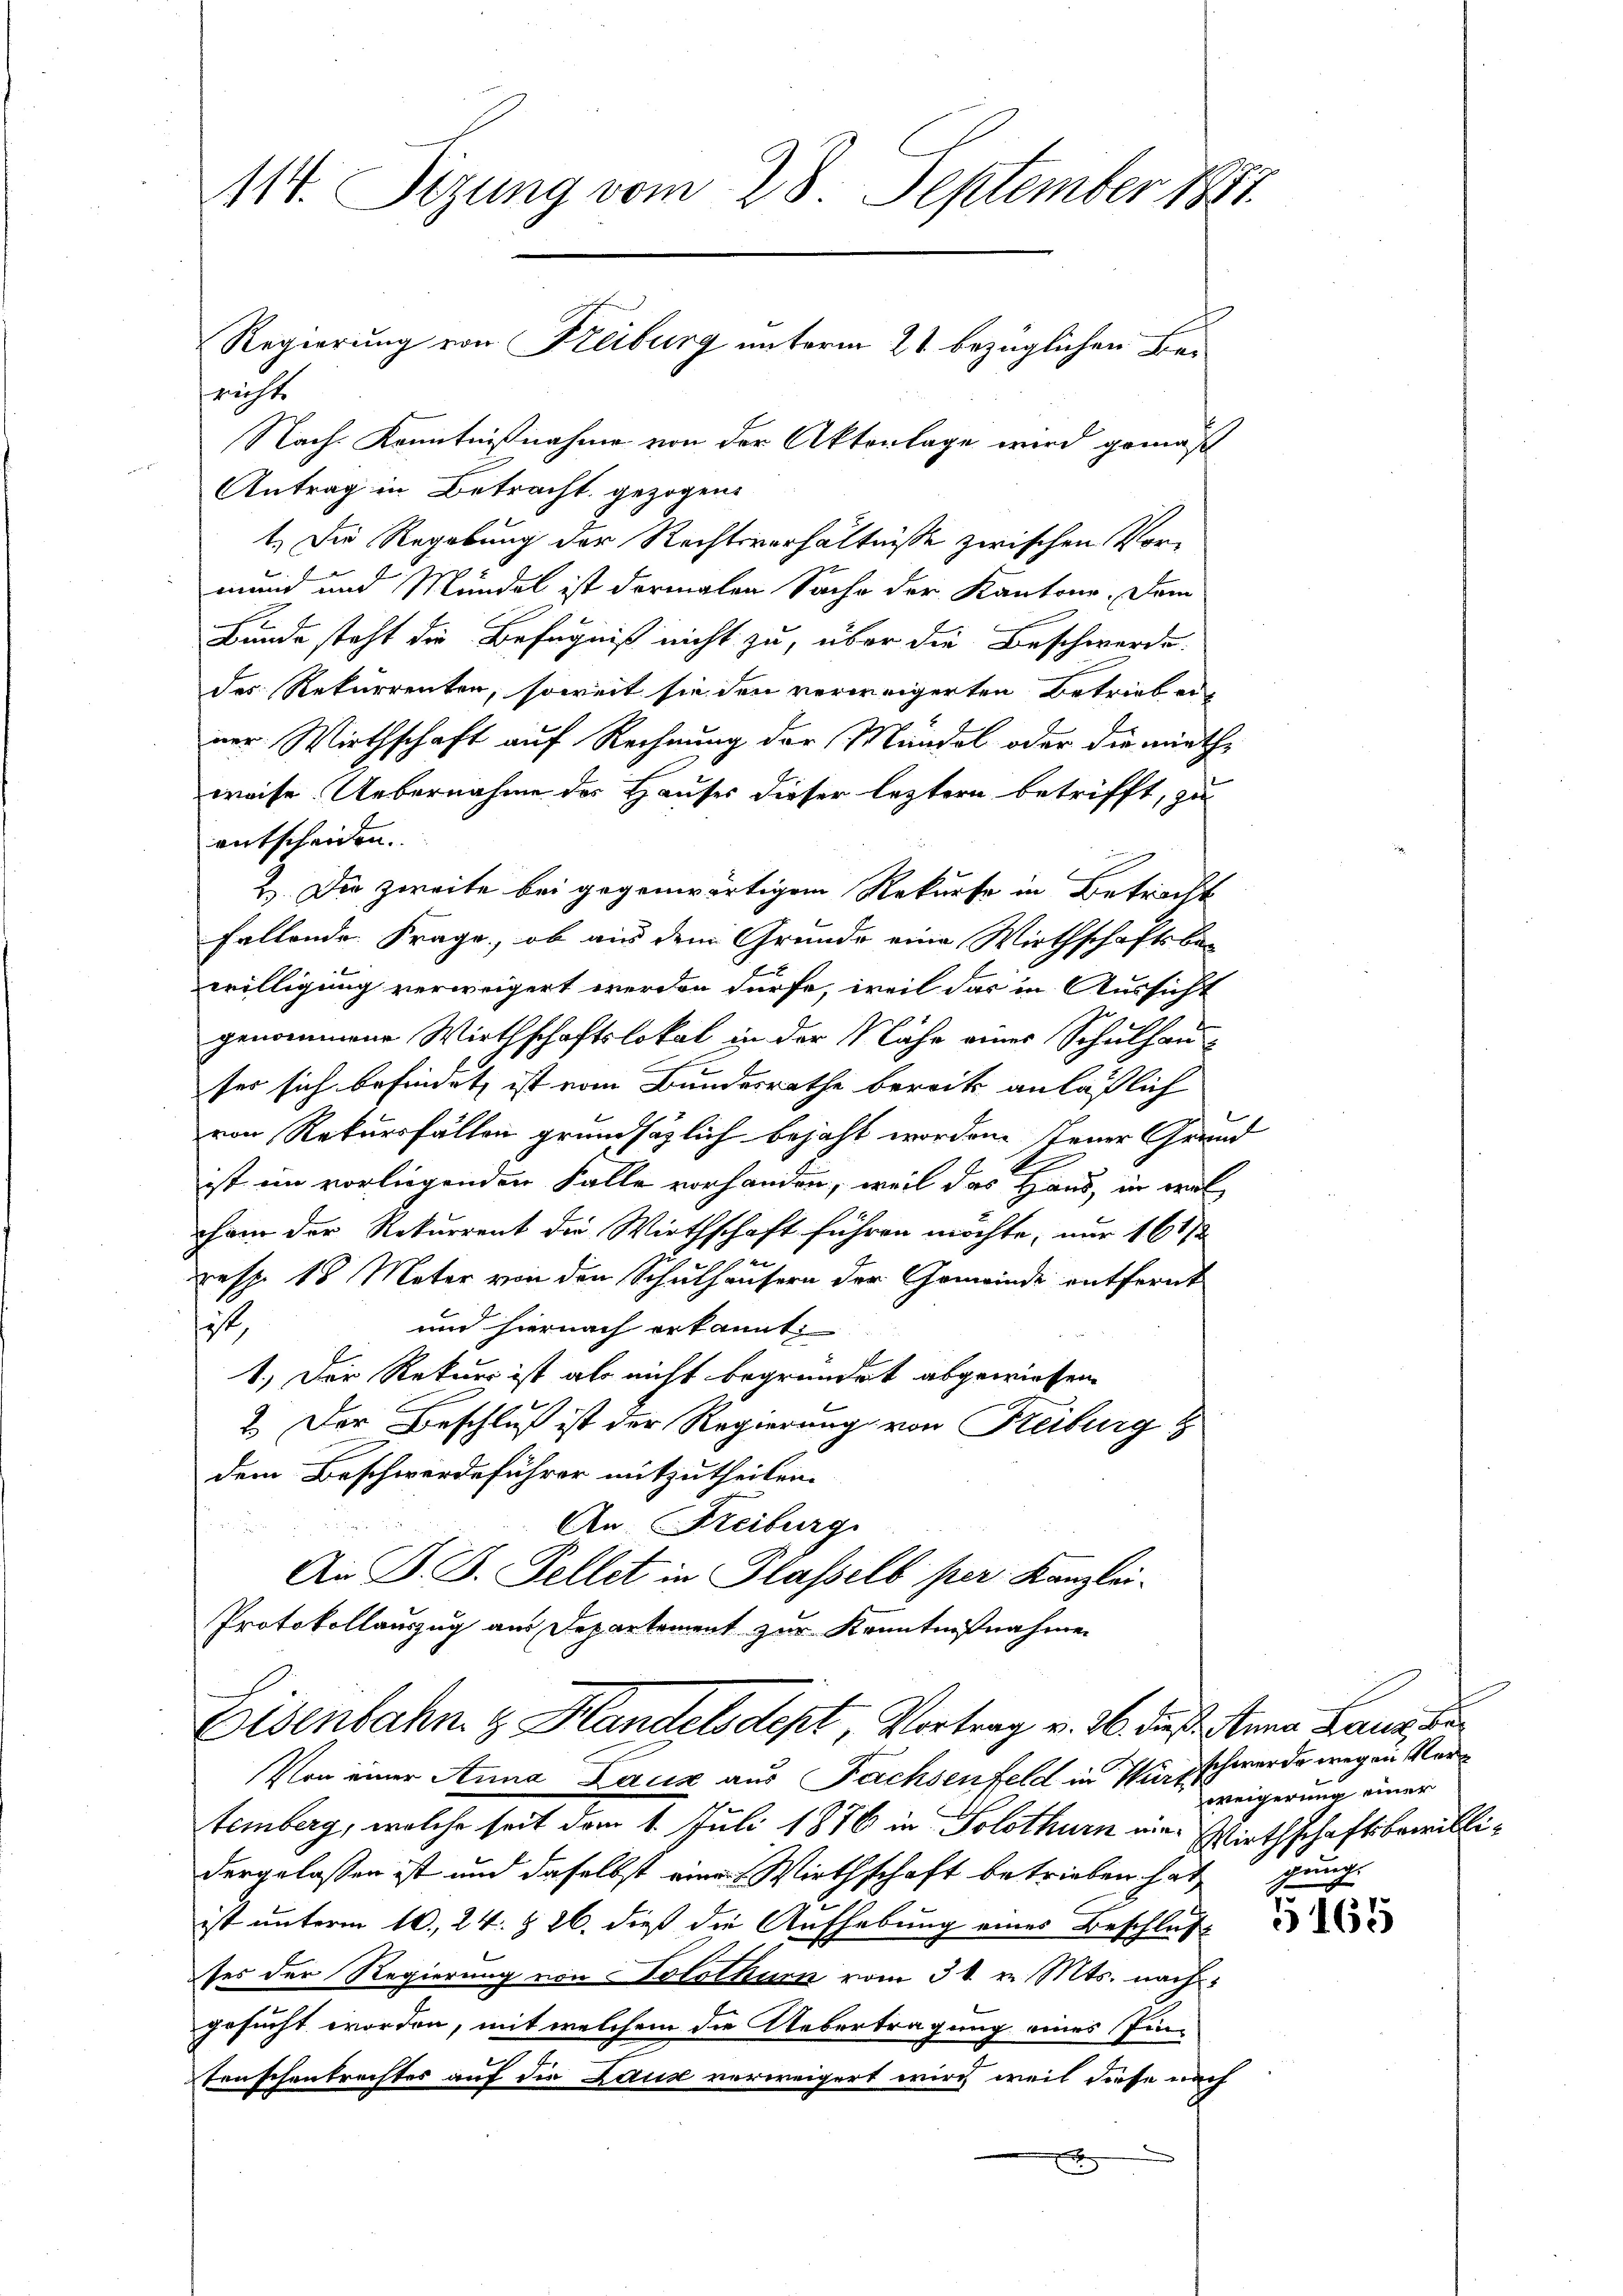
11. Sizung vom 28. September 1881.
Regierung von Freiburg unterm 21 bezüglichen Berichts
Nach Kenntnißnahme von der Aktenlage wird gemäß

Antrag in Betracht gezogen.
1.) Die Regebung der Rechtsverhältnisse zwischen Vormund und Mündel ist dermalen Sache der Kantone. Dem
Bunde steht die Befugniß nicht zu, über die Beschwerde.
des Rekurrenten, soweit sie den verweigerten Betrieb erner Wirthschaft auf Rechnung der Mündel oder die mith
weise. Uebernahme des Hauses dieser leztere betrifft, zu
entscheiden. |
2.) Die zweite bei gegenwärtigem Rekurse in Betracht
Fallende Frage, ob aus dem Grunde eine Wirthschaftsbewilligung verweigert werden dürfe, weil das in Aussicht
genommene Wirthschaftslokal in der Nähe einer Schulhauses sich befindet ist vom Bundesrathe bereits anläßlich
von Rekursfällen grundsätzlich bejaht worden. Jener Grund
ist im vorliegenden Falle vorhanden, weil das Haus, in viel
cham der Rekurrent die Wirthschaft führen möchte, nur 16 1/2
u
resp. 18 Mater von den Schulhäusern der Gemeinde entfernt
und hiernach erkannt:
t
1.) Der Rekurs ist als nicht begründet abgewiesen
2. Der Beschluß ist der Regierung von Reiburg
dem Beschwerdeführer mitzutheilen.
An Freiburg
An D. J. Fellet in Plasselb per Kanzlei-
Protokollauszug aus Departement zur Kenntnisnahme

Eisenbahn & Handelsdept, Vortrag v. M. dieß stana Land die

Von einer Anna Laux aus Fachsenfeld in Wirtschwerde wegen Vortemberg, welche seit dem 1. Juli 1876 in Solothurn eine Wirthschaftsbewillidergelassen ist und daselbst eine Wirthschaft betrieben hat gung
2
ist unterm 10. 24 § 26. dieß die Aufhebung eines Beschluß
ses der Regierung von Solothum vom 31. v. Mts. nachgesucht worden, mit welchem die Uebertragung eines Pin-
tenschentrechtes auf die Daus verweigert wird, weil diese nach
x

weigerung einer

5161